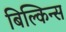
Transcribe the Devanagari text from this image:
बिल्किन्स